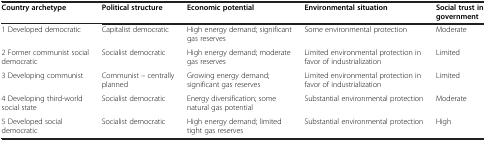
<table><thead><tr><td><b>Country archetype</b></td><td><b>Political structure</b></td><td><b>Economic potential</b></td><td><b>Environmental situation</b></td><td><b>Social trust in government</b></td></tr></thead><tbody><tr><td>1 Developed democratic</td><td>Capitalist democratic</td><td>High energy demand; significant gas reserves</td><td>Some environmental protection</td><td>Moderate</td></tr><tr><td>2 Former communist social democratic</td><td>Socialist democratic</td><td>High energy demand; moderate gas reserves</td><td>Limited environmental protection in favor of industrialization</td><td>Limited</td></tr><tr><td>3 Developing communist</td><td>Communist – centrally planned</td><td>Growing energy demand; significant gas reserves</td><td>Limited environmental protection in favor of industrialization</td><td>Limited</td></tr><tr><td>4 Developing third-world social state</td><td>Socialist democratic</td><td>Energy diversification; some natural gas potential</td><td>Substantial environmental protection</td><td>Moderate</td></tr><tr><td>5 Developed social democratic</td><td>Socialist democratic</td><td>High energy demand; limited tight gas reserves</td><td>Substantial environmental protection</td><td>High</td></tr></tbody></table>